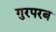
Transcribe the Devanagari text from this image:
गुरपरब